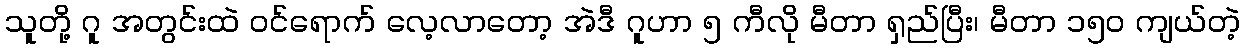
သူတို့ ဂူ အတွင်းထဲ ဝင်ရောက် လေ့လာတော့ အဲဒီ ဂူဟာ ၅ ကီလို မီတာ ရှည်ပြီး၊ မီတာ ၁၅၀ ကျယ်တဲ့